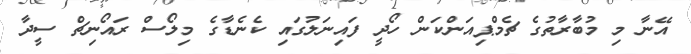
އޭނާ މި މުބާރާތުގެ ޗެމްޕިއަންކަން ހޯދީ ފައިނަލުގައި ކެނެޑާގެ މިލޯސް ރައޯނިޗް ސީދާ